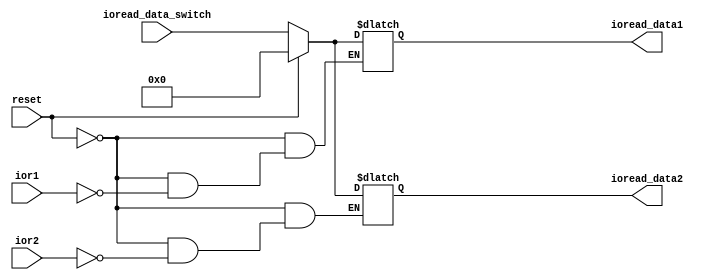
`timescale 1ns / 1ps
//////////////////////////////////////////////////////////////////////////////////

module ioread (
    input			reset,				// reset, active high  ()
	input			ior1,		
	input           ior2,		// from Controller, 1 means read from input device(I/O)

    input	[7:0]ioread_data_switch,// the data from switch()
    output reg [7:0] ioread_data1 ,
    output reg [7:0] ioread_data2		// the data to memorio (memorio)
);
    

    
    always @* begin
        if (reset)begin
            ioread_data1 = 8'b0000_0000;
            ioread_data2 = 8'b0000_0000;
            end
        else begin
        if (ior1)
            ioread_data1 = ioread_data_switch;    
        else 
            ioread_data1 = ioread_data1;
        if (ior2) 
            ioread_data2 = ioread_data_switch;    
        else 
            ioread_data2 = ioread_data2;
        end
    end
	
endmodule